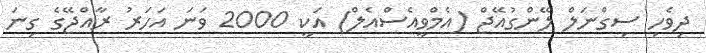
ދިވެހި ސިގްނަލް ލޭންގުއޭޖް (އެމްވީއެސްއެލް) އަކީ 2000 ވަނަ އަހަރު ރާއްޖޭގެ ގިނަ